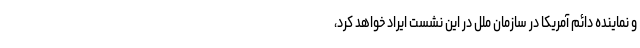
و نماینده دائم آمریکا در سازمان ملل در این نشست ایراد خواهد کرد،